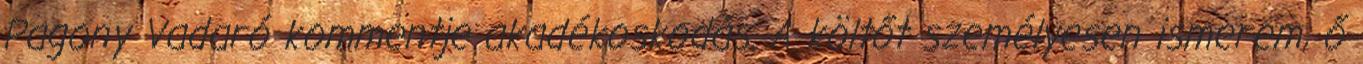
Pagony Vadaró kommentje akadékoskodás. A költőt személyesen ismerem, ő